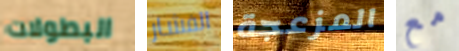
البطولات الفشار المزعجة مع